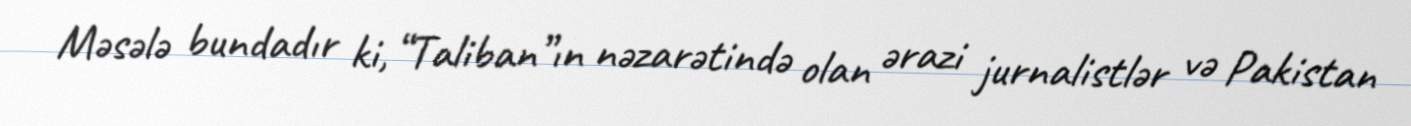
Məsələ bundadır ki, “Taliban”ın nəzarətində olan ərazi jurnalistlər və Pakistan